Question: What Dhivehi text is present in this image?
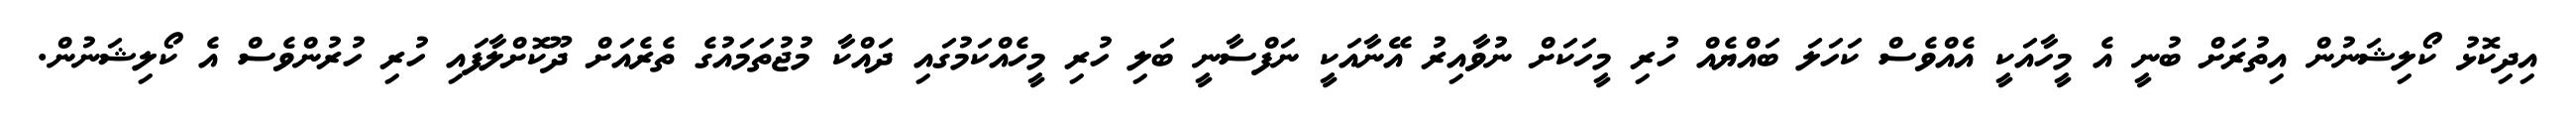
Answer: އިދިކޮޅު ކޯލިޝަނުން އިތުރަށް ބުނީ އެ މީހާއަކީ އެއްވެސް ކަހަލަ ބައްޔެއް ހުރި މީހަކަށް ނުވާއިރު އޭނާއަކީ ނަފްސާނީ ބަލި ހުރި މީހެއްކަމުގައި ދައްކާ މުޖުތަމައުގެ ތެރެއަށް ދޫކޮށްލާފައި ހުރި ހުރުންވެސް އެ ކޯލިޝަނުން.